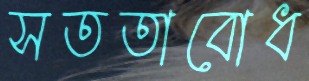
সততাবোধ